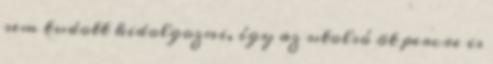
sem tudott kidolgozni, így az utolsó öt percre is